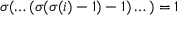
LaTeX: \sigma ( \dots ( \sigma ( \sigma ( i ) - 1 ) - 1 ) \dots ) = 1